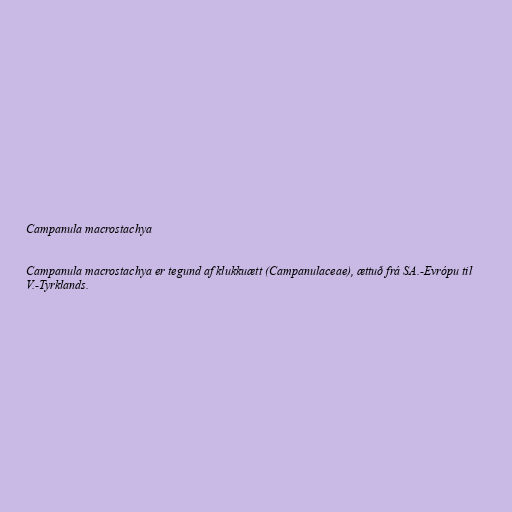
Campanula macrostachya

Campanula macrostachya er tegund af klukkuætt (Campanulaceae), ættuð frá SA.-Evrópu til
V.-Tyrklands.